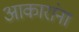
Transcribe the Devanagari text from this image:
आकारांना